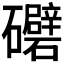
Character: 𥗲